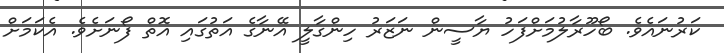
ކަރުނައެވެ. ބޯހޫރާލުމަށްފަހު ޔާސީން ނަޒަރު ހިންގާލީ އޭނާގެ އަތުގައި އޮތް ފޯނަށެވެ. އެކަމަށް